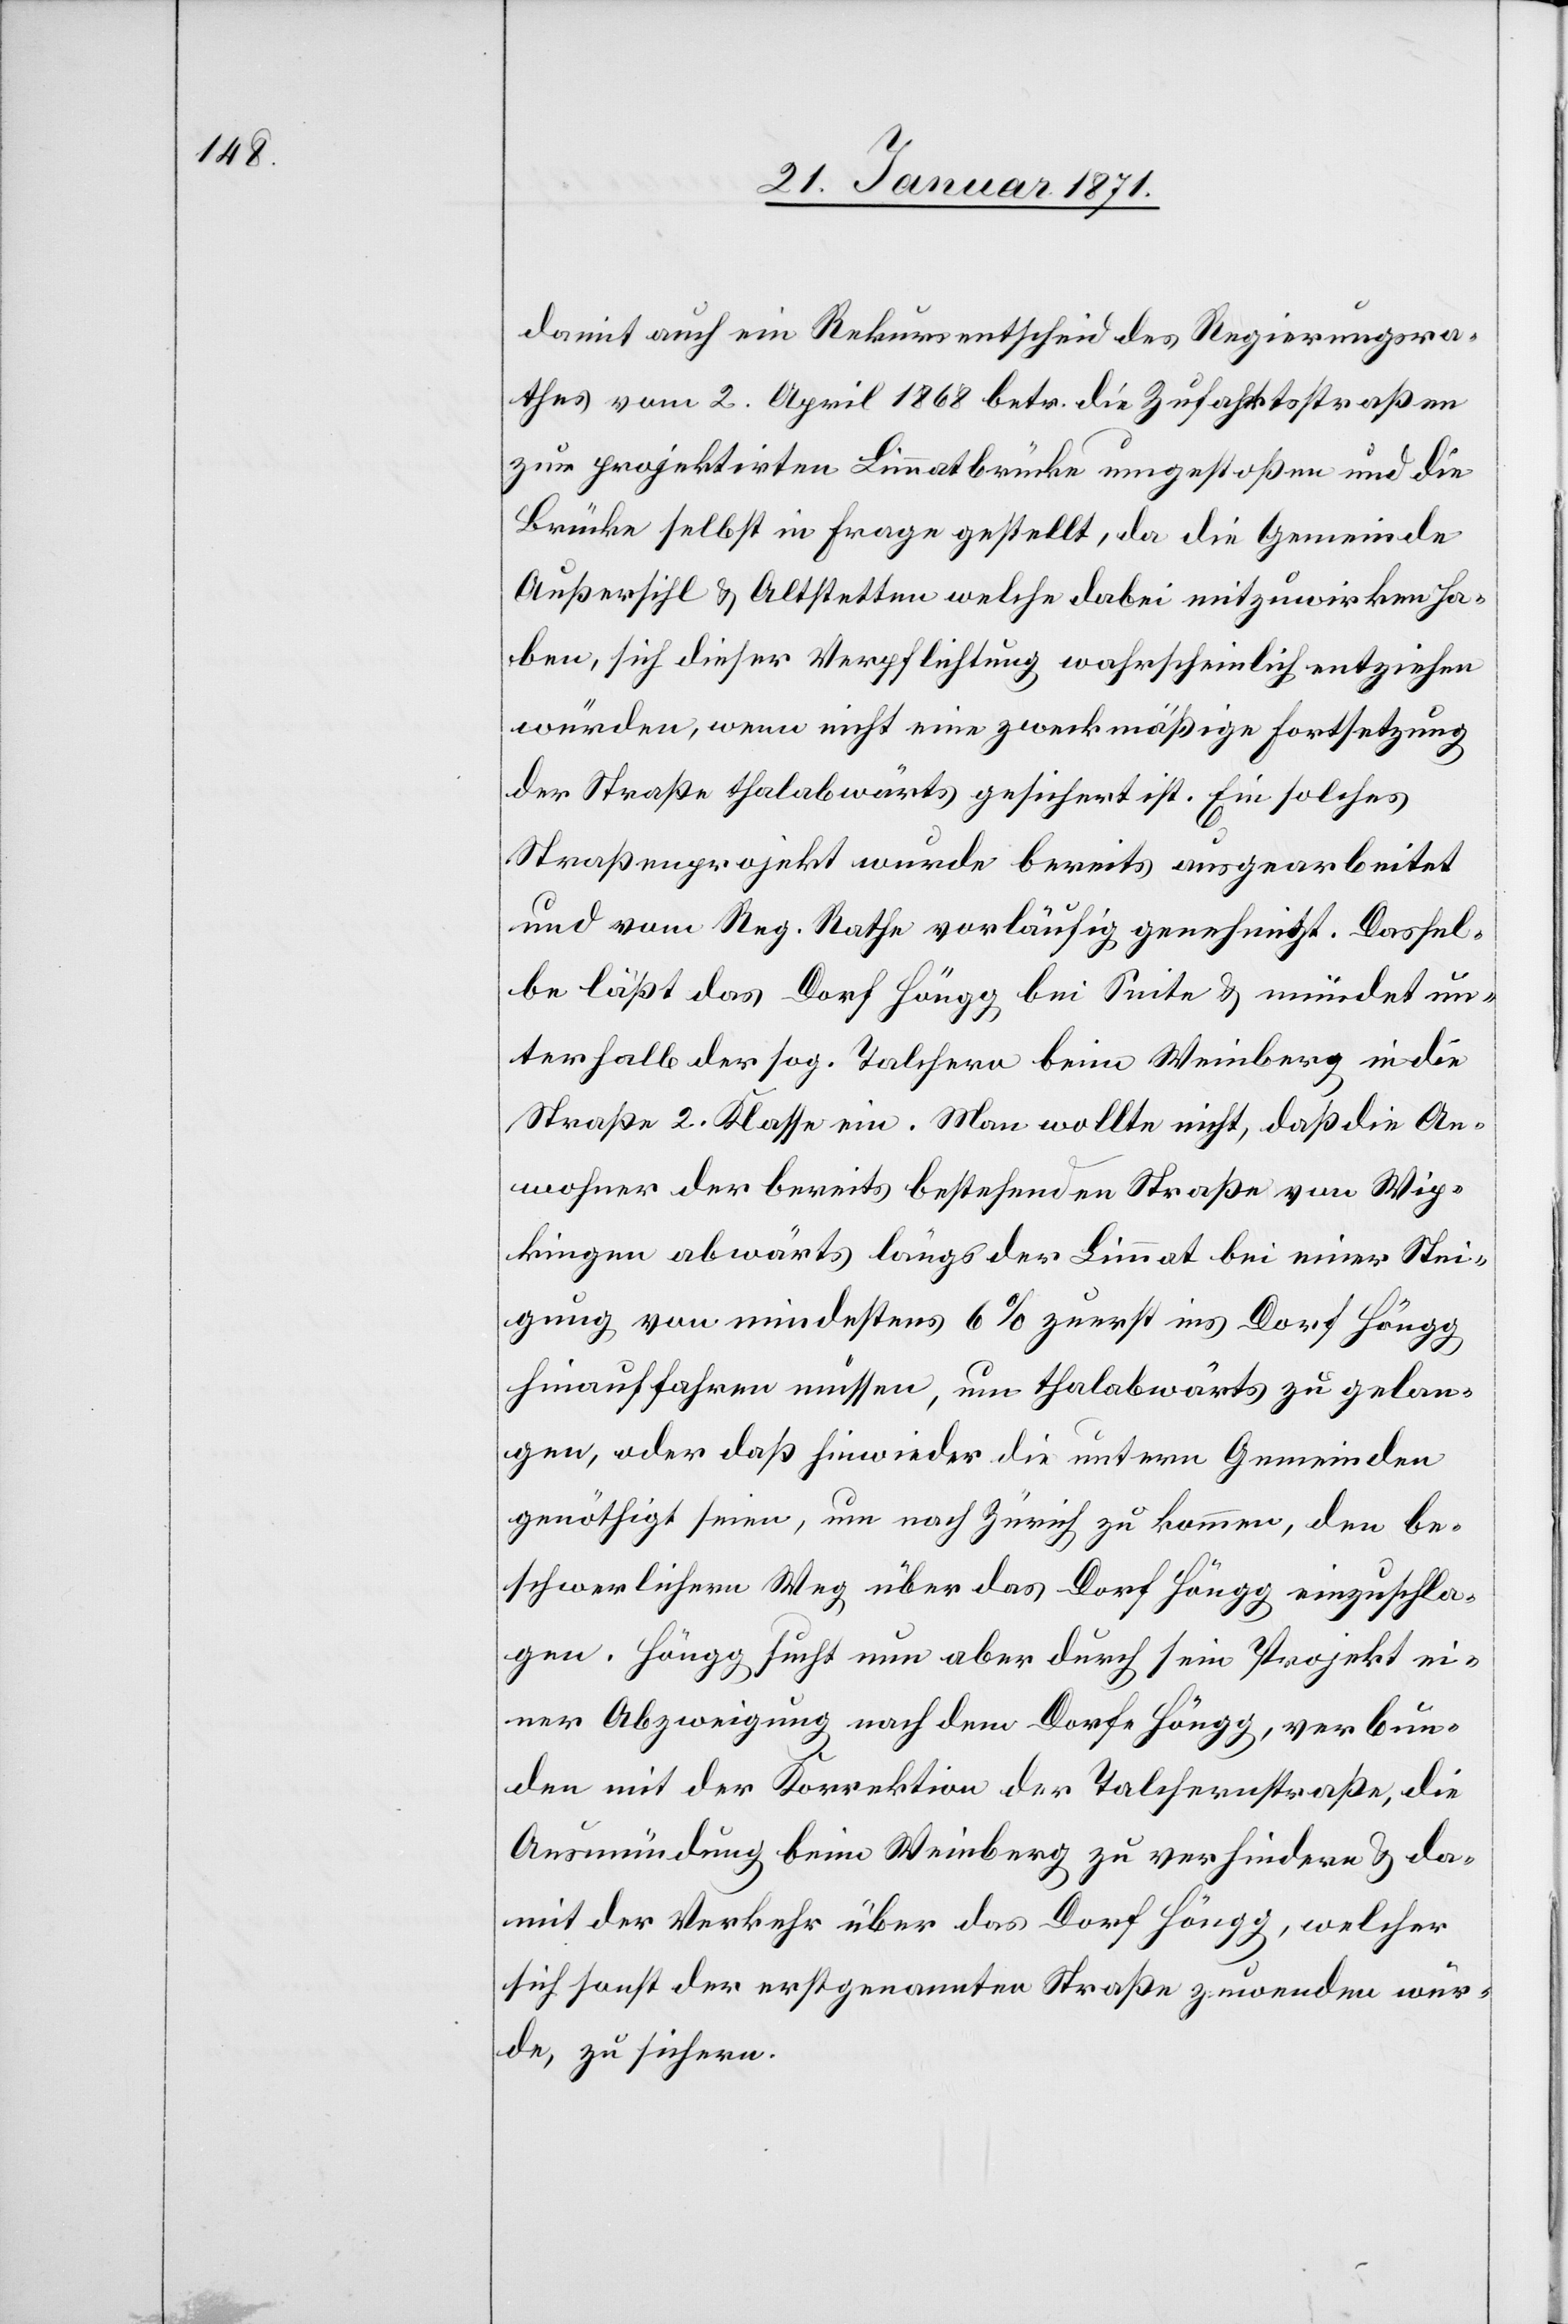
damit auch ein Rekursentscheid des Regierungsra¬
thes vom 2. April 1868 betr. die Zufahrtsstraße
zur projektirten Limmatbrücke umgestoßen und die
Brücke selbst in Frage gestellt, da die Gemeinde
Außersihl u. Altstetten welche dabei mitzuwirken ha¬
ben, sich dieser Verpflichtung wahrscheinlich entziehen
würden, wenn nicht eine zweckmäßige Fortsetzung
der Straße thalabwärts gesichert ist. Ein solches
Straßenprojekt wurde bereits ausgearbeitet
und vom Reg. Rathe vorläufig genehmigt. Dassel¬
be läßt das Dorf Höngg bei Seite u. mündet un¬
terhalb der sog. Talchern beim Weinberg in die
Straße 2. Klasse ein. Man wollte nicht, daß die An¬
wohner der bereits bestehenden Straße von Wip¬
kingen abwärts längs der Limmat bei einer Stei¬
gung von mindestens 6 % zuerst ins Dorf Höngg
hinauffahren müssen, um thalabwärts zu gelan¬
gen, oder daß hinwieder die untern Gemeinden
genöthigt seien, um nach Zürich zu kommen, den be¬
schwerlichen Weg über das Dorf Höngg einzuschla¬
gen. Höngg sucht nun aber durch sein Projekt ei¬
ner Abzweigung nach dem Dorfe Höngg, verbun¬
den mit der Korrektion der Talchernstraße, die
Ausmündung beim Weinberg zu verhindern u. da¬
mit der Verkehr über das Dorf Höngg, welcher
sich sanft der erstgenannten Straße zuwenden wür¬
de, zu sichern.